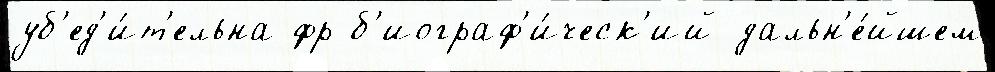
уб'ед'и́т'ельна фр б'иограф'и́ческ'ий дальн'е́йшем